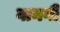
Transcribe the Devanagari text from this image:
वानगी